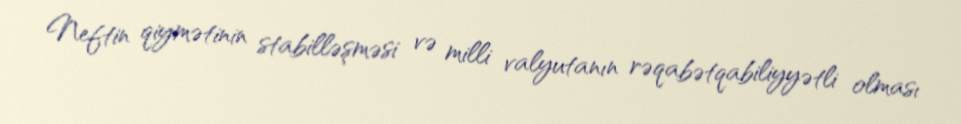
Neftin qiymətinin stabilləşməsi və milli valyutanın rəqabətqabiliyyətli olması